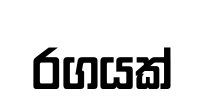
රගයක්